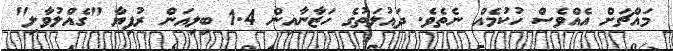
މައްޗަށް އެއްވެސް ހުކުމެއް ނެތެވެ. ދައުލަތުގެ ހަޒާނާއިން 1.4 ބިލިއަން ރުފިޔާ "ގެއްލުވާލި"